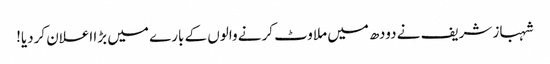
شہباز شریف نے دودھ میں ملاوٹ کرنے والوں کے بارے میں بڑا اعلان کردیا!